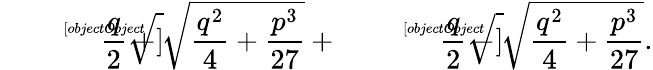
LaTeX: {\sqrt[[objectObject]]{{\frac{q}{2}}+{\sqrt{{\frac{q^{2}}{4}}+{\frac{p^{3}}{27}}}}}}+{\sqrt[[objectObject]]{{\frac{q}{2}}-{\sqrt{{\frac{q^{2}}{4}}+{\frac{p^{3}}{27}}}}}}.